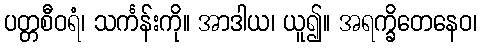
ပတ္တစီဝရံ၊ သင်္ကန်းကို။ အာဒါယ၊ ယူ၍။ အရက္ခိတေနေဝ၊